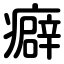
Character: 癖